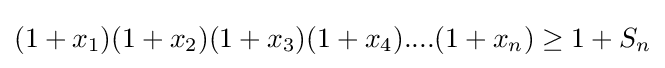
(1+x_{1})(1+x_{2})(1+x_{3})(1+x_{4})....(1+x_{n})\geq 1+S_{n}